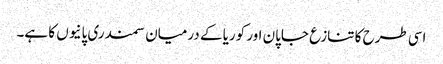
اسی طرح کا تنازع جاپان اور کوریا کے درمیان سمندری پانیوں کا ہے۔